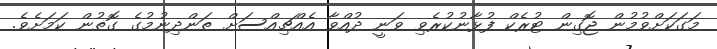
މަގަކަށްވުމުން ޖޮގިން ޓުރެކް ފުޅާނުކުރެވި ވަނީ ދުއްވާ އެއްޗިއްސަށް ތަންދިނުމުގެ ގޮތުން ކަމަށެވެ.